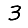
Digit: 3